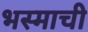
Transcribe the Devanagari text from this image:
भस्माची